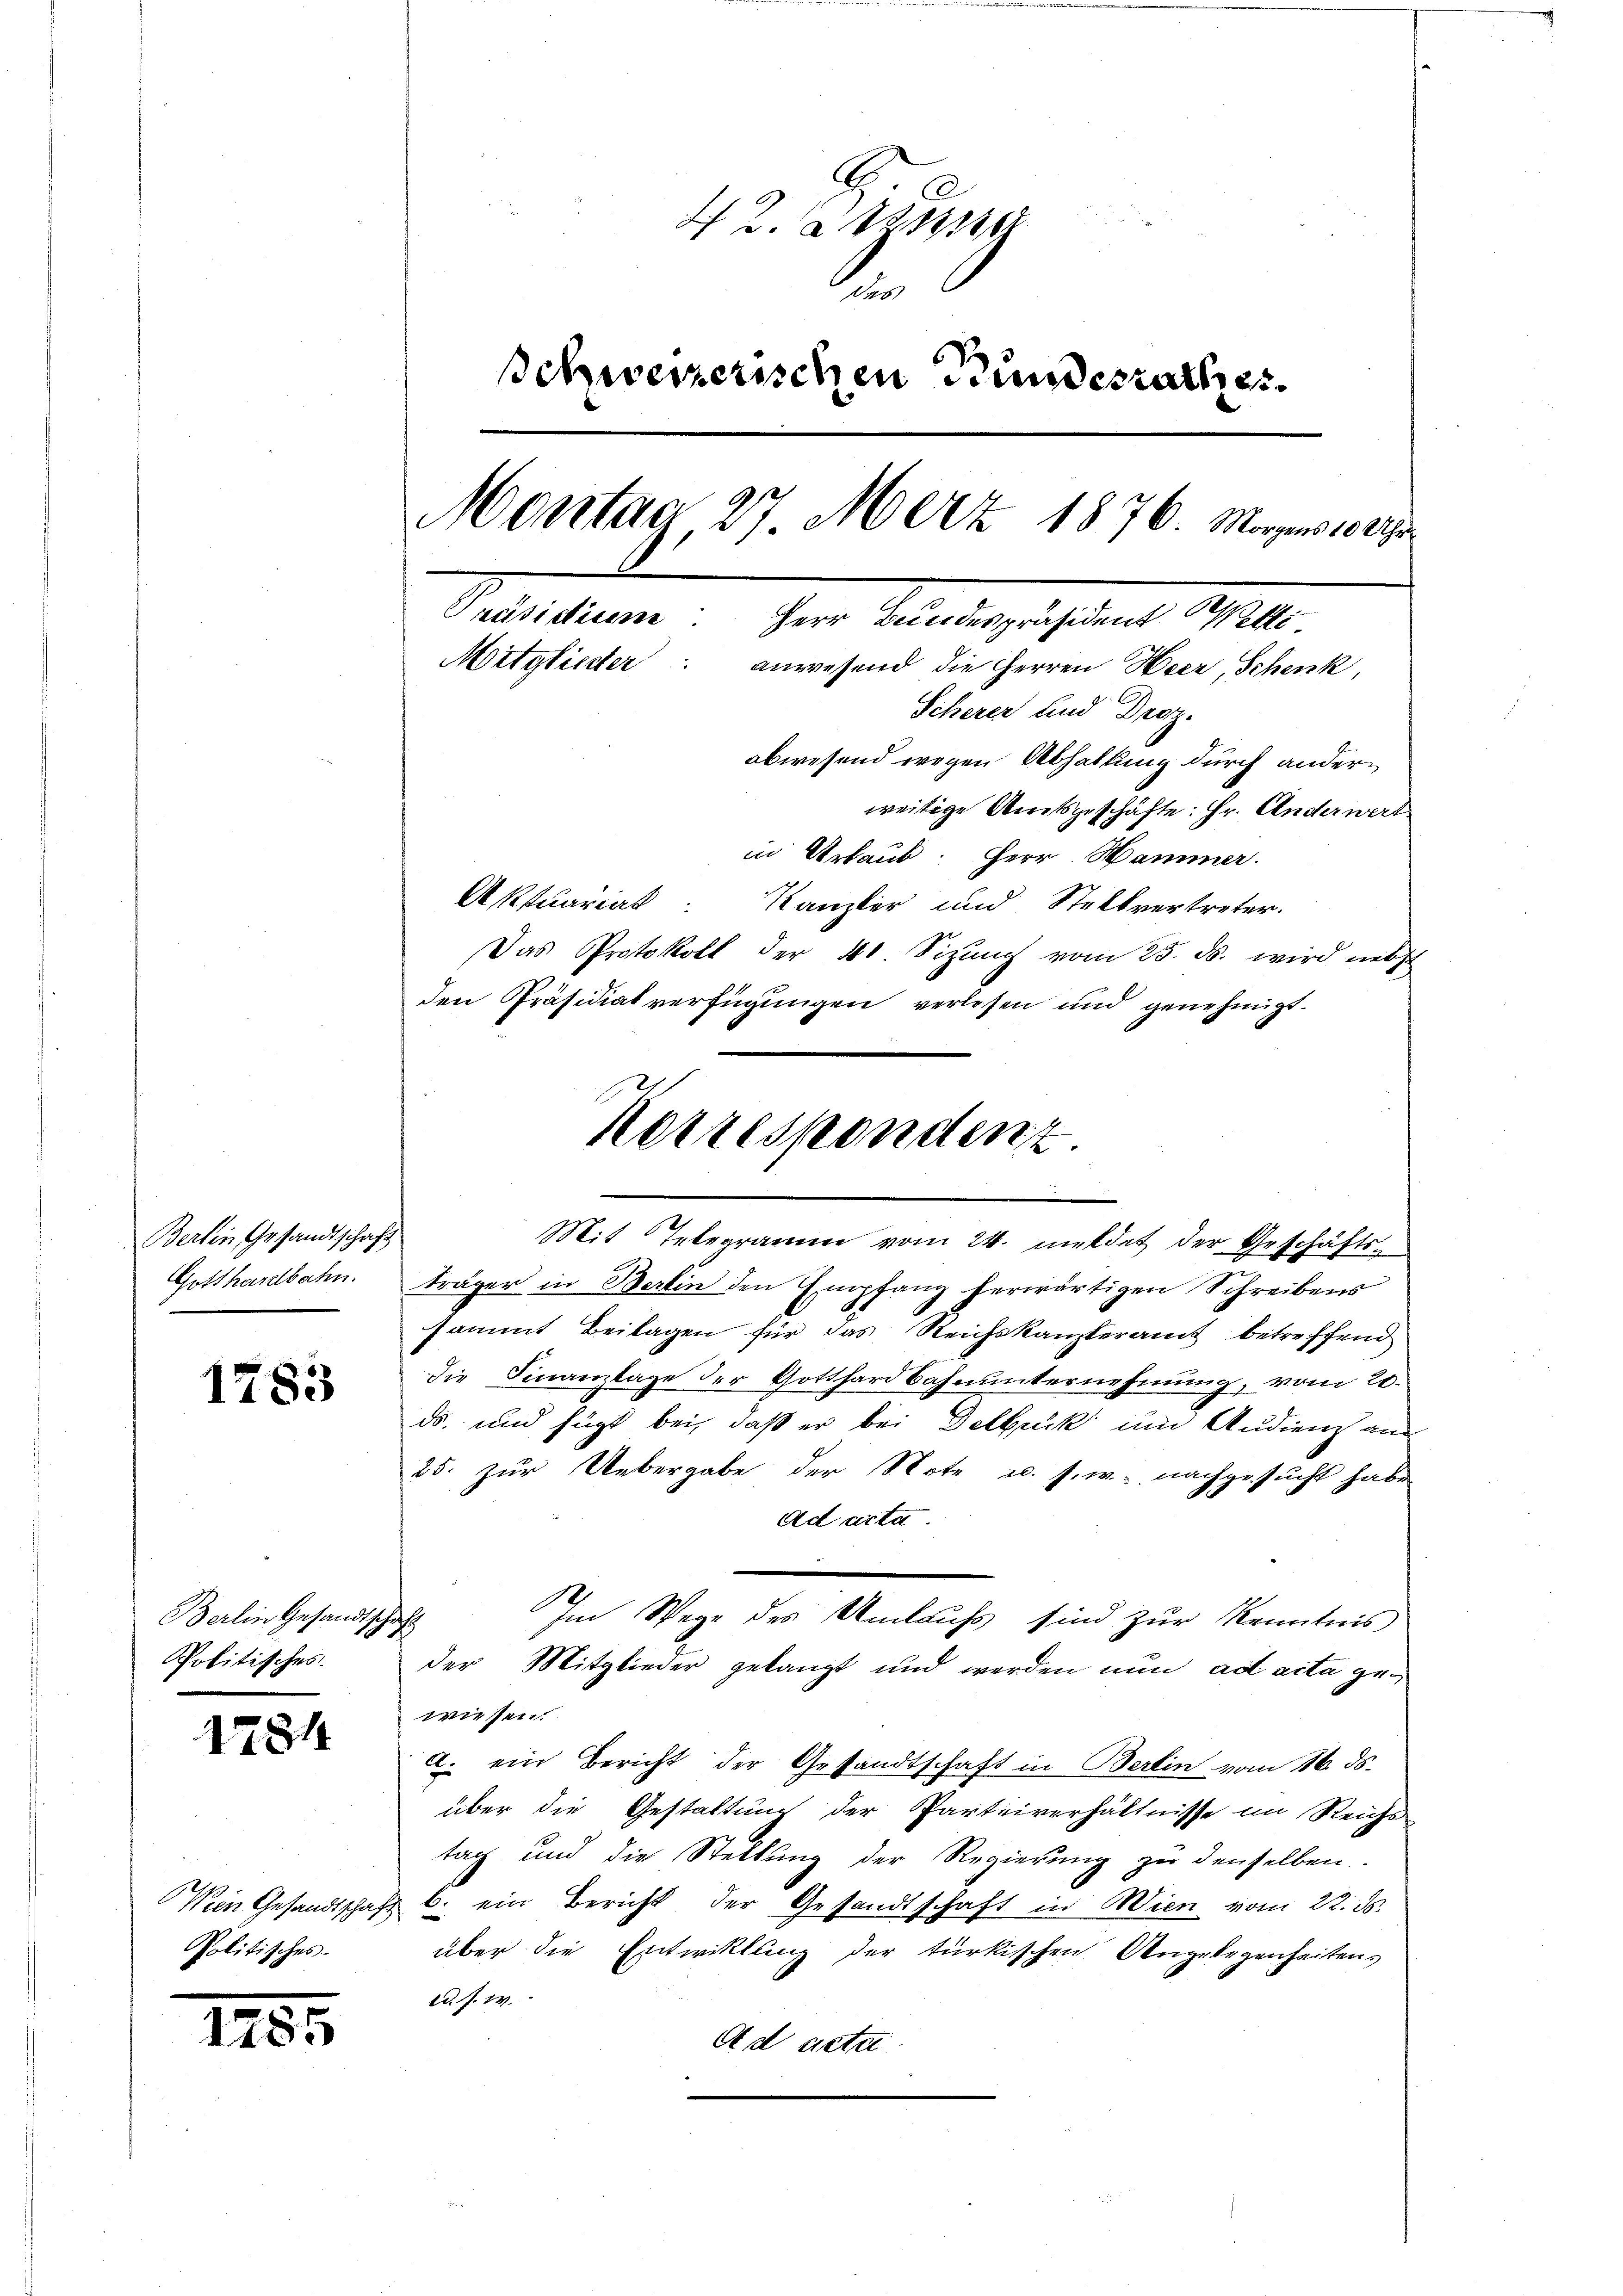
Bertin Gesandtschaft
Gotthardbahn.

1783

Berlin Gesandtschaft
Politisches.

1781

Politisches.

.

55

42. Di
.
schweizerischen Bundesrathes.
Montag 27. März 1876. Morgens 1889.
Präsidium Herr Bundespräsident sti
Mitglieder: anwesend die Herren Heer, Schenk,
Scherer und Droz.
abwesend wegen Abhaltung durch anderweitige Amtsgeschäfte: Hr. Anderwert
in Urlaub: Herr Hammer.

Aktuariat Kanzler und Stellvertreter.
Das Protokoll der 40. Sizŭng vom 25. ds. wird nebst
den Präsidialverfügungen verlesen und genehmigt.
Mit Telegramm vom 24. meldet der Geschäftsträger in Berlin den Empfang herwärtigen Schreibens
sammt Beilagen für das Reichskanzleramt betreffend
die Finanzlage der Gotthardbahnunternehmung, vom 20.
ds. und fügt bei, daß er bei Delbrück um Audiens an
25. zur Uebergabe der Note u. s. w. nachgesucht habe
Ad acte
Im Wege des Umlaufs sind zur Kenntnis
der Mitglieder gelangt und werden nun ad acta gewiesen.
a. ein Bericht der Gestandtschaft in Berlin vom 16. ds.
über die Gestaltung der Parteiverhältnisse im Reichs
tag und die Stellung der Regierung zu denselben
Wein Gesandtschaft b. ein Bericht der Gesandtschaft in Wien vom 22. ds.
über die Entwicklung der türkischen Angelegenheitens
ad. s. w.
A d acta

Korrespondenz